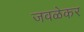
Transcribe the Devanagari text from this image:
जवळेकर